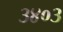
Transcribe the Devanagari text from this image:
३४०३